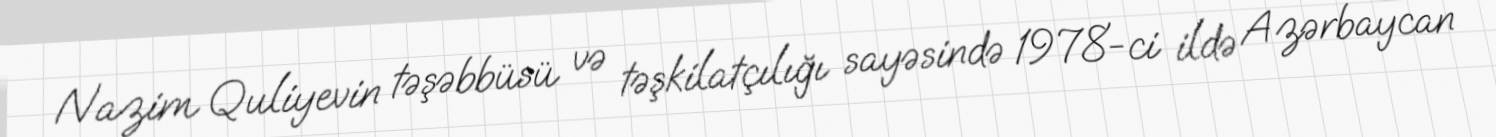
Nazim Quliyevin təşəbbüsü və təşkilatçılığı sayəsində 1978-ci ildə Azərbaycan